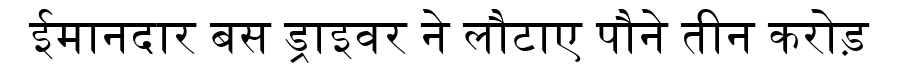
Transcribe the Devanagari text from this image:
ईमानदार बस ड्राइवर ने लौटाए पौने तीन करोड़